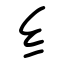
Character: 纟